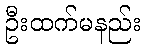
ဦးထက်မနည်း